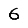
Digit: 6